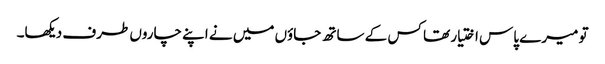
تو میرے پاس اختیار تھا کس کے ساتھ جاؤں میں نے اپنے چاروں طرف دیکھا۔